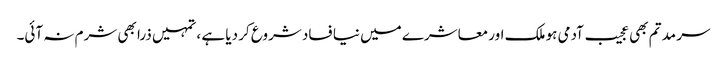
سر مد تم بھی عجیب آدمی ہو ملک اور معاشرے میں نیا فساد شروع کر دیا ہے ، تمہیں ذرا بھی شرم نہ آئی۔